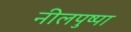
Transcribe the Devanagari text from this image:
नीलपुष्पा